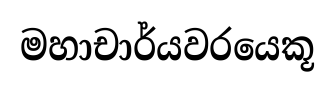
මහාචාර්යවරයෙකූ